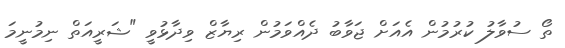
ތޯ ސުވާލު ކުރުމުން އެއަށް ޖަވާބު ދެއްވަމުން ރިޔާޒް ވިދާޅުވީ "ޝަރީއަތް ނިމުނީމަ